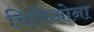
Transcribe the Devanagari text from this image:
चिपिओना